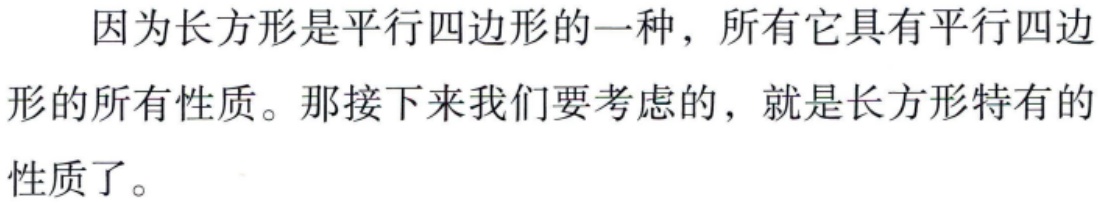
因为长方形是平行四边形的一种，所有它具有平行四边形的所有性质。那接下来我们要考虑的，就是长方形特有的性质了。